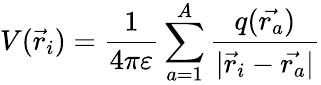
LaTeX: V(\vec{r}_{i})=\frac{1}{4\pi\varepsilon}\sum_{a=1}^{A}\frac{q(\vec{r_{a}})}{|\vec{r}_{i}-\vec{r_{a}}|}